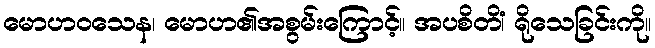
မောဟဝသေန၊ မောဟ၏အစွမ်းကြောင့်။ အပစိတိံ၊ ရိုသေခြင်းကို။